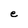
Character: e